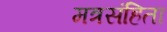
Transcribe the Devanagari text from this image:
मत्रसंहिता